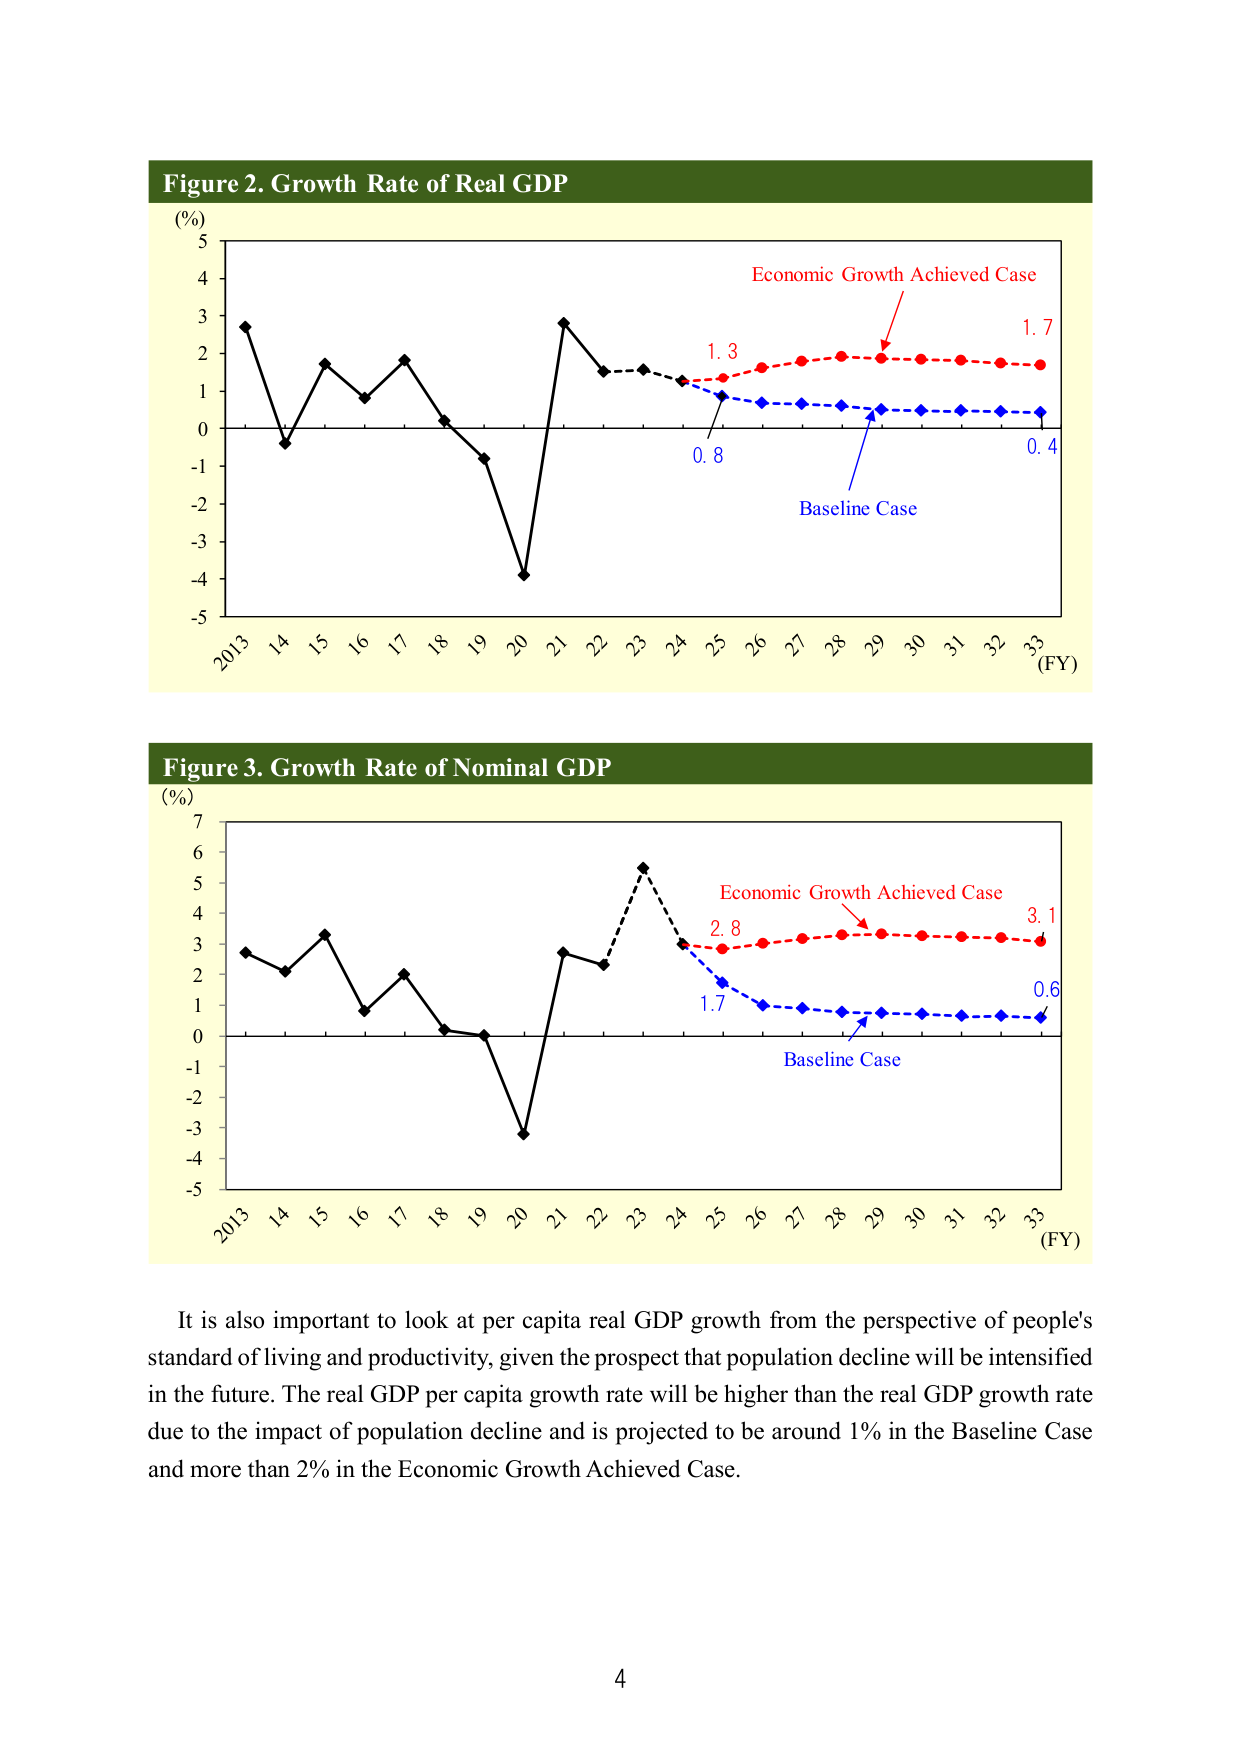
Figure 2. Growth Rate of Real GDP
(%)
5
4
3
2
1
0
-1
-2
-3
-4
-5
2013 14 15 16 17 18 19 20 21 22 23 24 25 26 27 28 29 30 31 32 33 (FY)
Economic Growth Achieved Case
1.3
1.7
0.8
0.4
Baseline Case

Figure 3. Growth Rate of Nominal GDP
(%)
7
6
5
4
3
2
1
0
-1
-2
-3
-4
-5
2013 14 15 16 17 18 19 20 21 22 23 24 25 26 27 28 29 30 31 32 33 (FY)
Economic Growth Achieved Case
2.8
3.1
1.7
0.6
Baseline Case

It is also important to look at per capita real GDP growth from the perspective of people's standard of living and productivity, given the prospect that population decline will be intensified in the future. The real GDP per capita growth rate will be higher than the real GDP growth rate due to the impact of population decline and is projected to be around 1% in the Baseline Case and more than 2% in the Economic Growth Achieved Case.

4